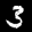
Label: 3